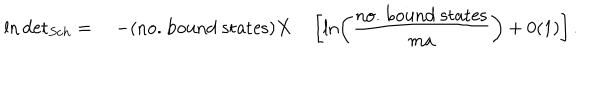
\ln \mathrm { d e t } _ { { S c h } } = \quad - ( \mathrm { n o . ~ b o u n d ~ s t a t e s } ) X \quad \left[ \ln \left( \displaystyle \frac { \mathrm { n o . ~ b o u n d ~ s t a t e s } } { m a } \right) + 0 ( 1 ) \right] .